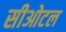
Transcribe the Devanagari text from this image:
सीओटल